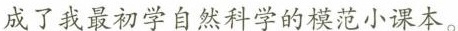
成了学自然科学的模范小课本。